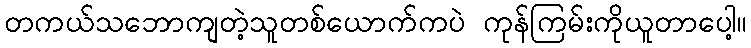
တကယ်သဘောကျတဲ့သူတစ်ယောက်ကပဲ ကုန်ကြမ်းကိုယူတာပေါ့။